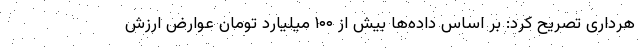
هرداری تصریح کرد: بر اساس داده‌ها بیش از ۱۰۰ میلیارد تومان عوارض ارزش